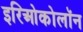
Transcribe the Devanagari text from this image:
इरिओकोलॉन